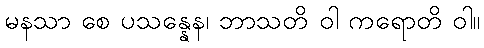
မနသာ စေ ပသန္နေန၊ ဘာသတိ ဝါ ကရောတိ ဝါ။